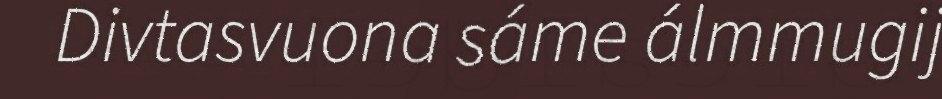
Divtasvuona sáme álmmugij